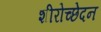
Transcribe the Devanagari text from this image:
शीरोच्छेदन